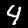
Label: 4